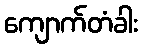
ကျောက်တံခါး